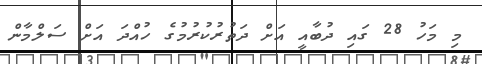
މި މަހު 28 ގައި ދުބާއީ އަށް ދަތުރުކުރުމުގެ ހުއްދަ އަށް ސަލްމާން